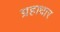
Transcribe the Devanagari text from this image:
ग्रहाधार